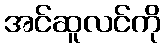
အင်ဆူလင်ကို